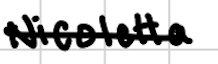
Text: Nicoletta
Cross-out: single-line
Writing tool: digital_black